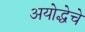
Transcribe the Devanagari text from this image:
अयोद्धेचे